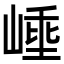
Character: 𭖼